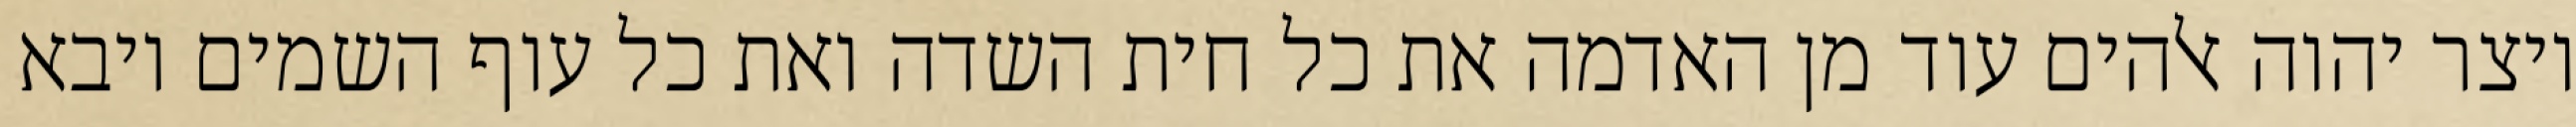
ויצר יהוה אלהים עוד מן האדמה את כל חית השדה ואת כל עוף השמים ויבא